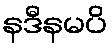
နဒီနမပိ